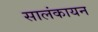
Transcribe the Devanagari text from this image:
सालंकायन